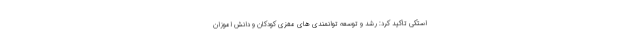
استکی تاکید کرد: رشد و توسعه توانمندی های مغزی کودکان و دانش اموزان